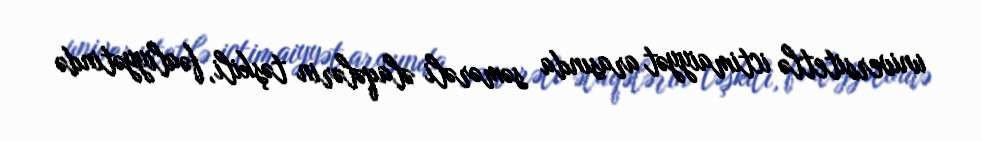
universitetlə ictimaiyyət arasında səmərəli əlaqələrin təşkili, fəaliyyətində